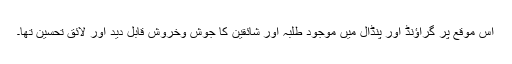
اس موقع پر گراﺅنڈ اور پنڈال میں موجود طلبہ اور شائقین کا جوش وخروش قابل دید اور لائق تحسین تھا۔